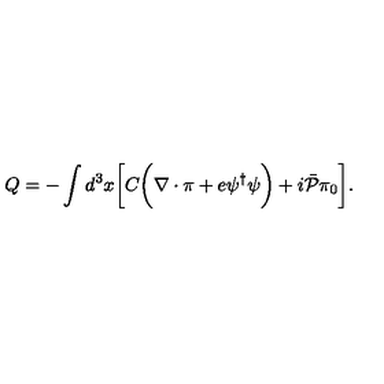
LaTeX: Q = - \int d ^ { 3 } x \biggl [ C \biggl ( \nabla \cdot \mathrm { \boldmath \pi } + e \psi ^ { \dagger } \psi \biggr ) + i { \bar { \cal P } } \pi _ { 0 } \biggr ] .